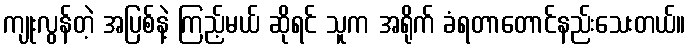
ကျုးလွန်တဲ့ အပြစ်နဲ့ ကြည့်မယ် ဆိုရင် သူက အရိုက် ခံရတာတောင်နည်းသေးတယ်။